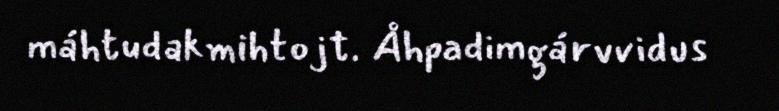
máhtudakmihtojt. Åhpadimgárvvidus